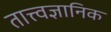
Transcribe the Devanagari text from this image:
तात्त्वज्ञानिक